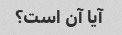
آیا آن است؟